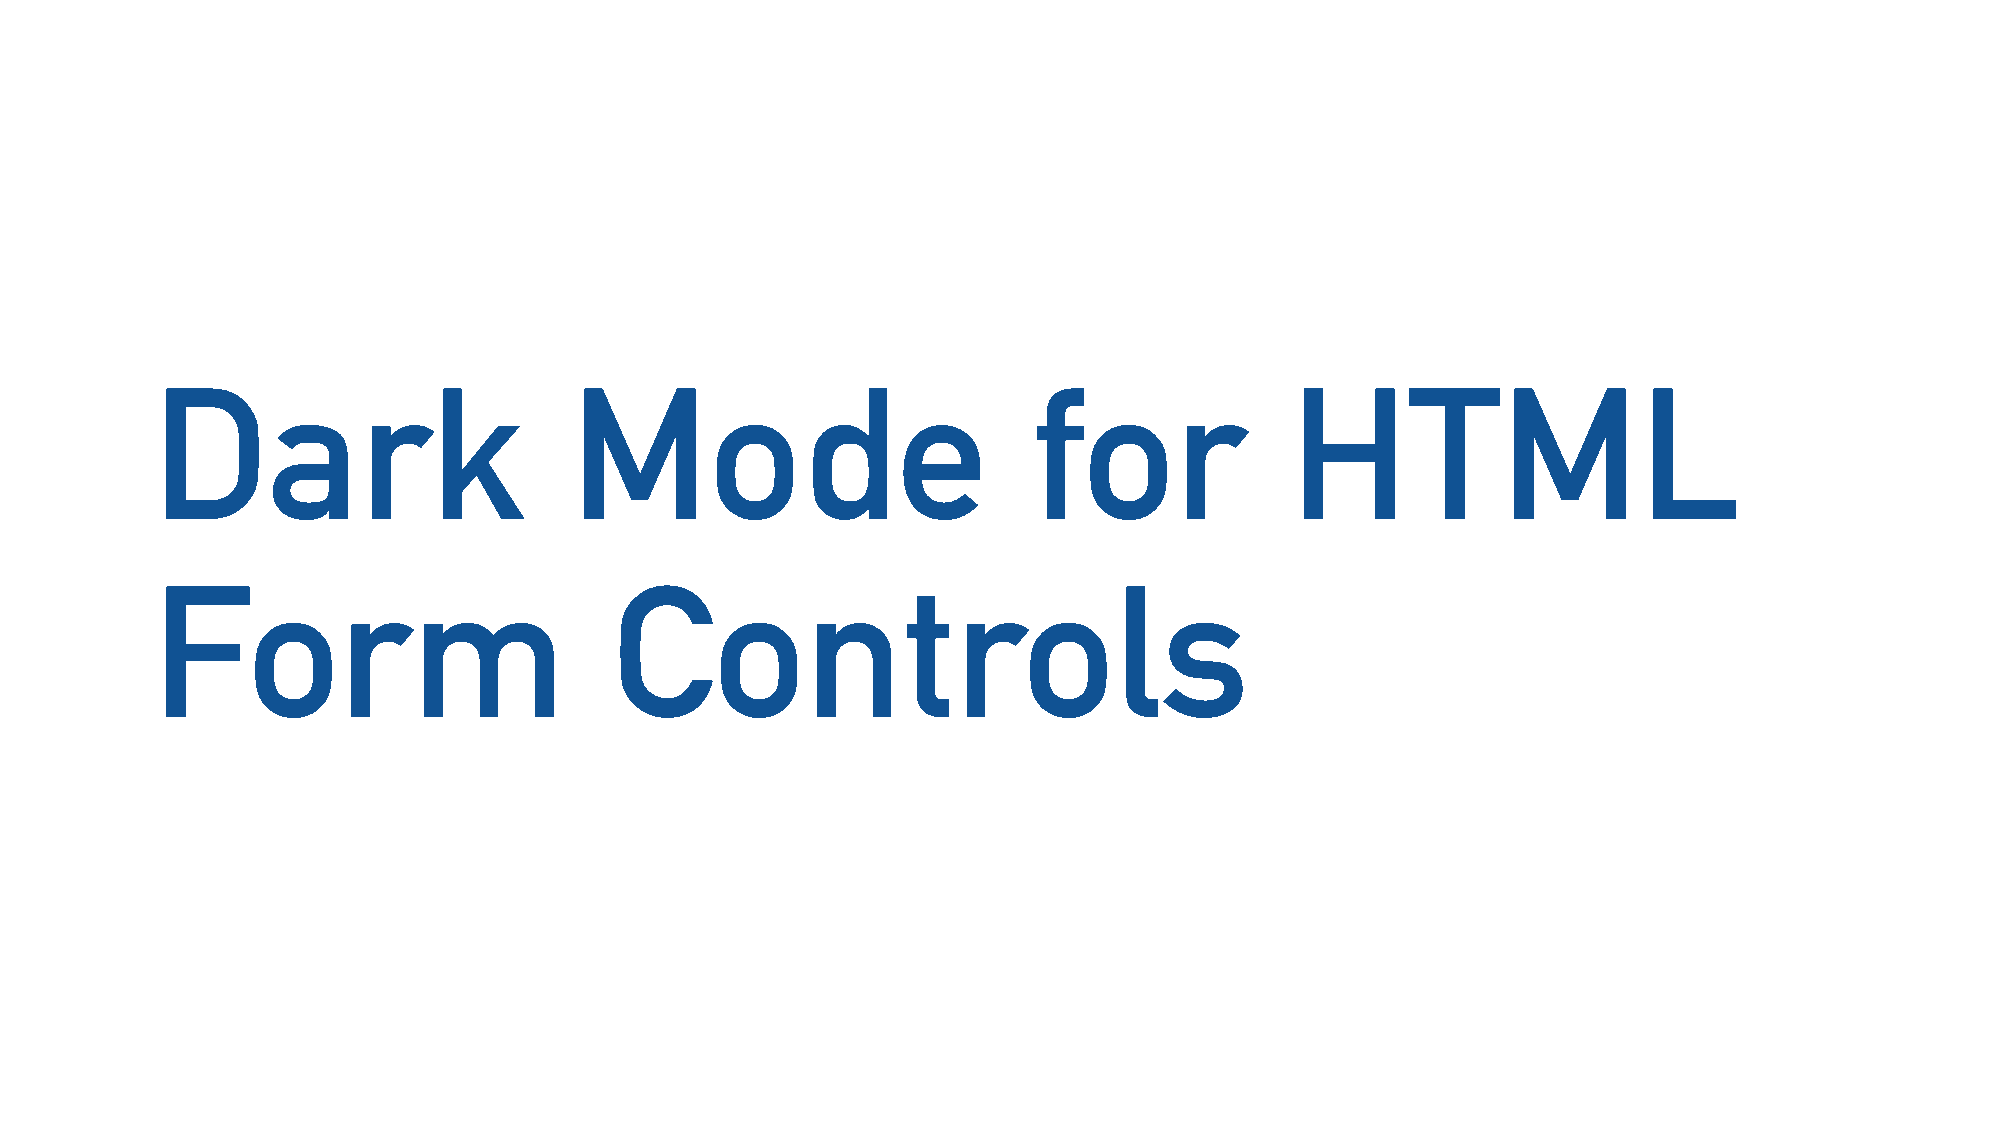
Dark                        Mode                          for              HTML
 Form                          Controls